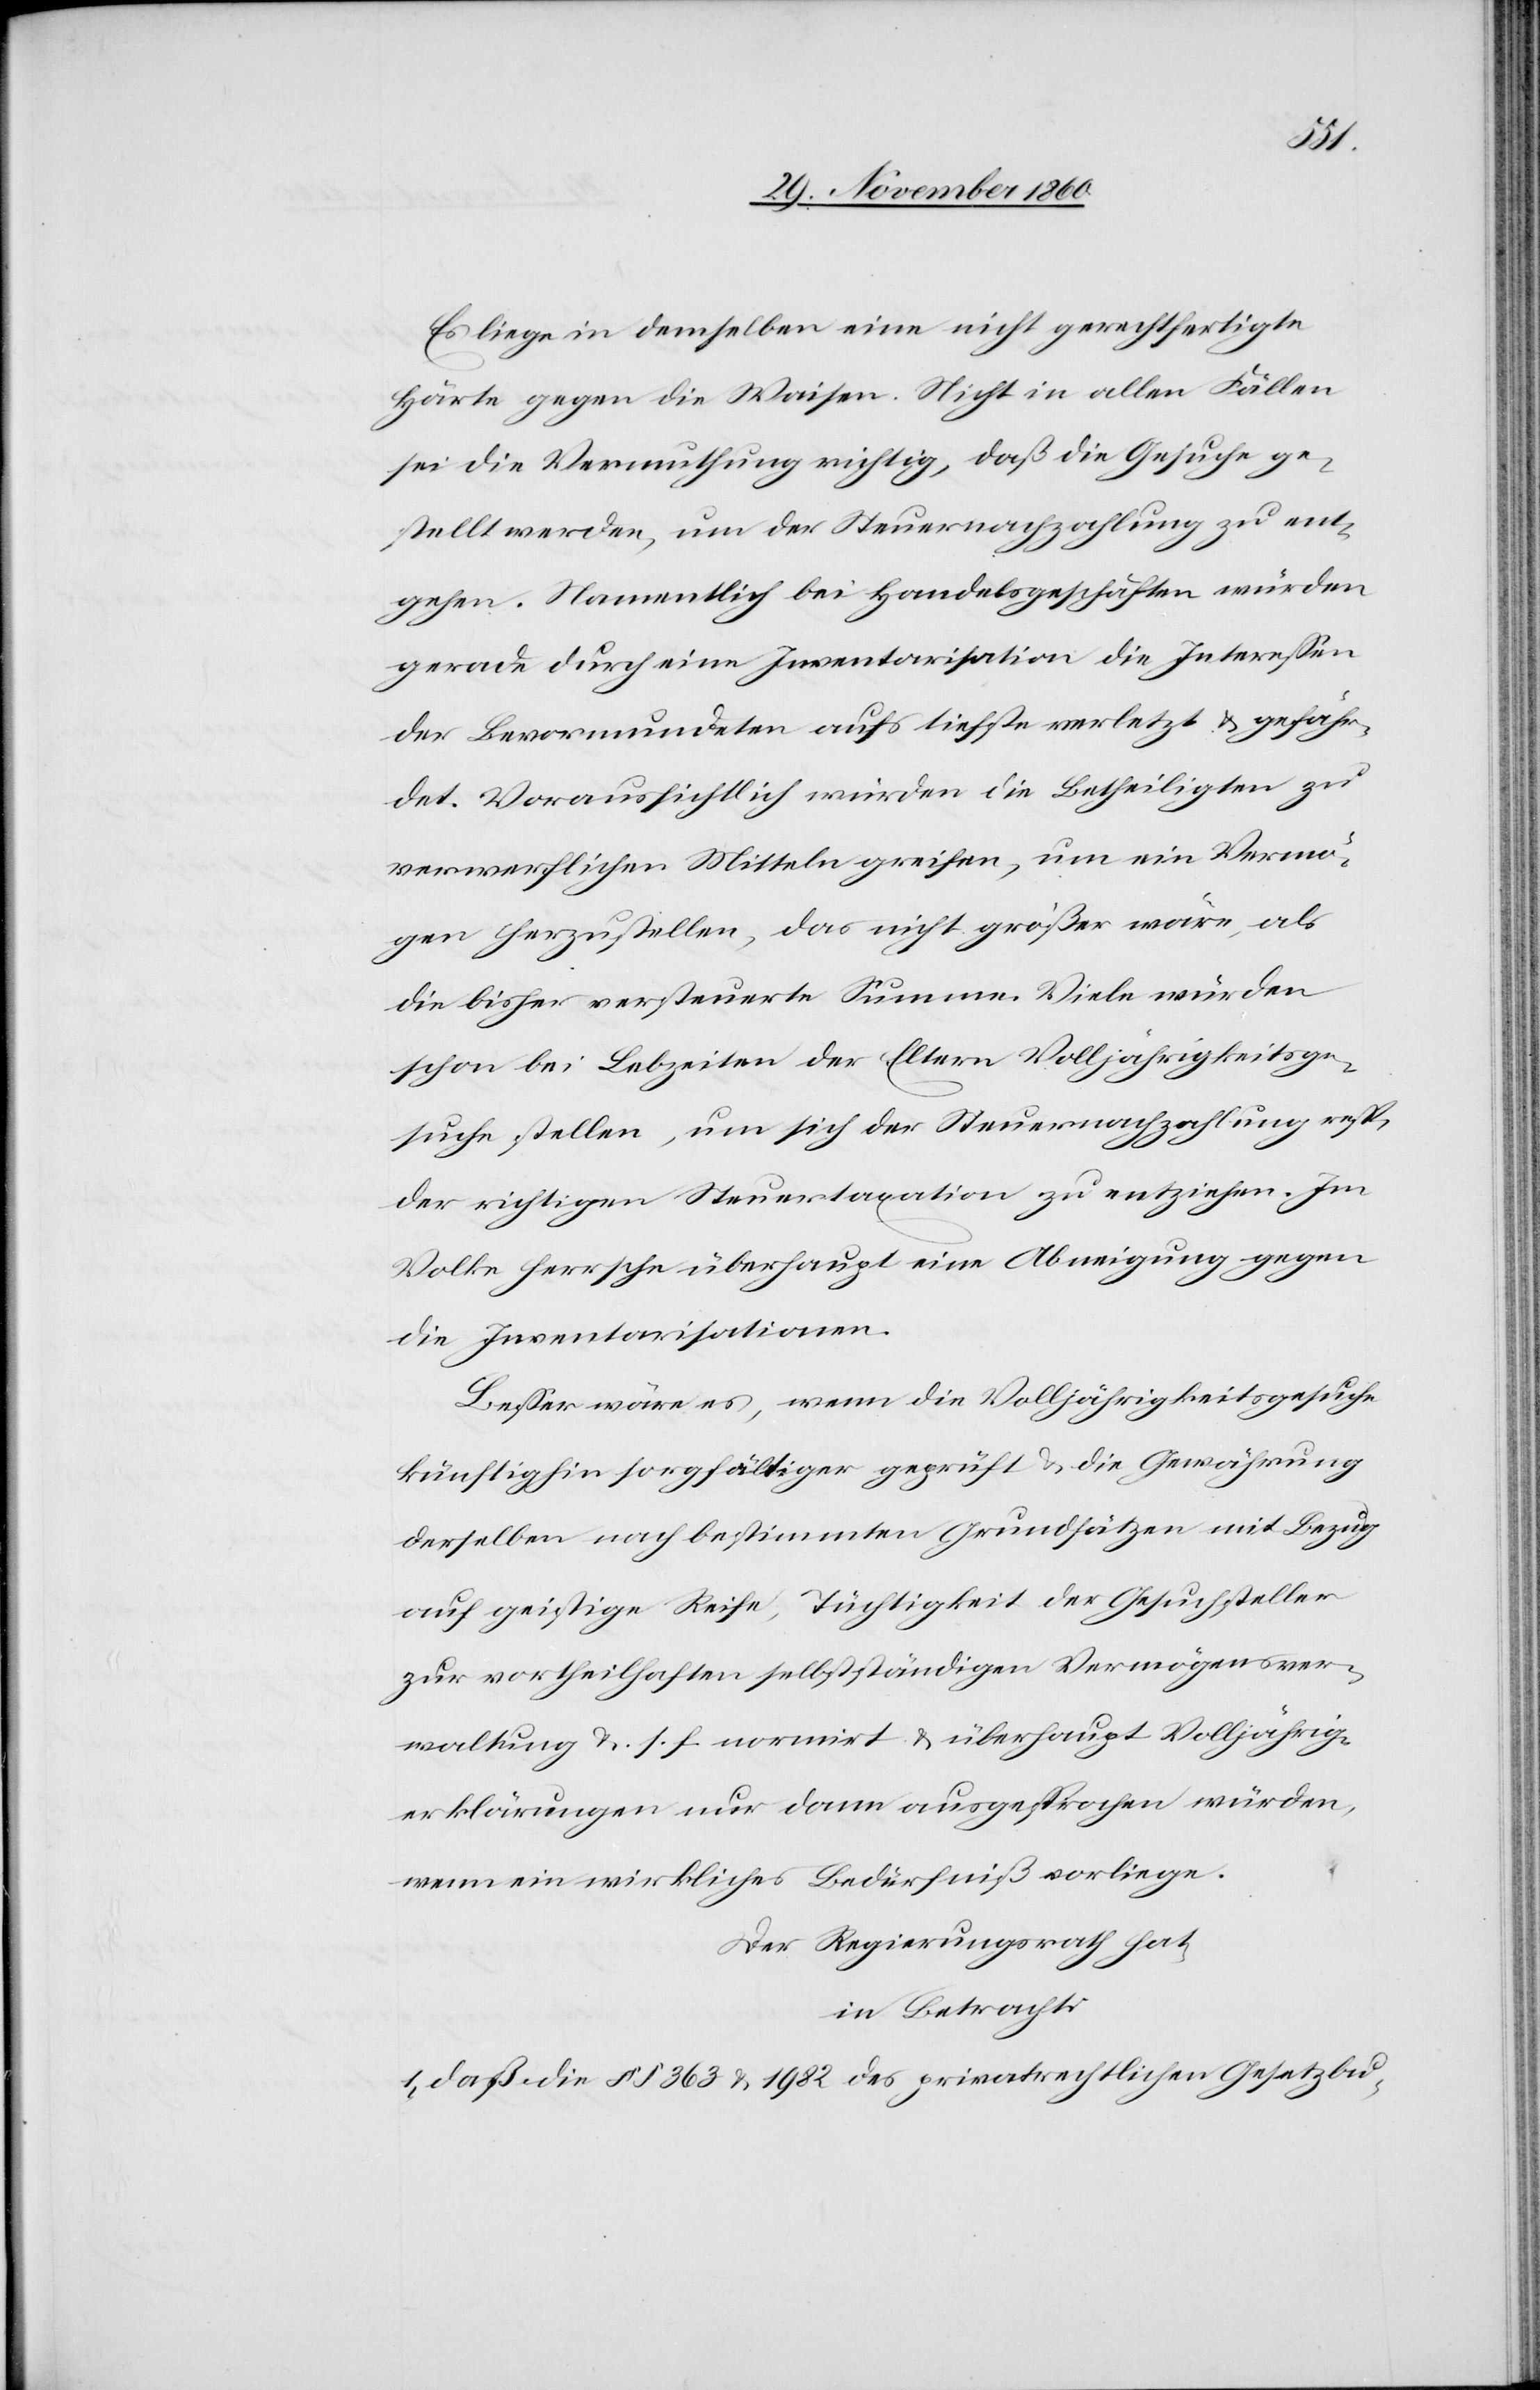
Es liege demselben eine nicht gerechtfertigte
Härte gegen die Waisen. Nicht in allen Fällen
sei die Vermuthung richtig, daß die Gesuche ge¬
stellt werden, um der Steuernachzahlung zu ent¬
gehen. Namentlich bei Handelsgeschäften würden
gerade durch eine Inventarisation die Interessen
der Bevormundeten aufs tiefste verletzt u. gefähr¬
det. Voraussichtlich würden die Betheiligten zu
verwerflichen Mitteln greifen, um ein Vermö¬
gen herzustellen, das nicht größer wäre, als
die bisher versteuerte Summe. Viele würden
schon bei Lebzeiten der Eltern Volljährigkeitsge¬
suche stellen, um sich der Steuernachzahlung res¬
p.
der richtigen Steuertaxation zu entziehen. Im
Volk herrsche überhaupt eine Abneigung gegen
die Inventarisationen.
Besser wäre es, wenn die Volljährigkeitsgesuche
künftighin sorgfältiger geprüft u. die Gewährung
derselben nach bestimmten Grundsätzen mit Bezug
auf geistige Reife, Tüchtigkeit der Gesuchsteller
zur vortheilhaften selbstständigen Vermögensver¬
waltung u. s. f. normirt u. überhaupt Volljährig¬
erklärungen nur dann ausgesprochen würden,
wenn ein wirkliches Bedürfniß vorliege.
Der Regierungsrath hat,
in Betracht:
1) daß die §§ 363 u. 1982 des privatrechtlichen Gesetzbu--